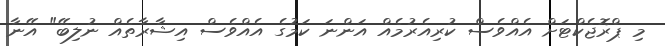
މި ޕްރޮޖެކްޓަށް އެއްވެސް ކުރިއެރުމެއް އަންނަ ކަމުގެ އެއްވެސް އިޝާރާތެއް ނުލިބޭ" އޭނާ